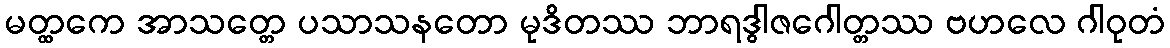
မတ္ထကေ အာသတ္တေ ပသာသနတော မုဒိတဿ ဘာရဒွါဇဂေါတ္တဿ ဗဟလေ ဂါဝုတံ